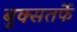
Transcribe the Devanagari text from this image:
बुक्सतर्फे